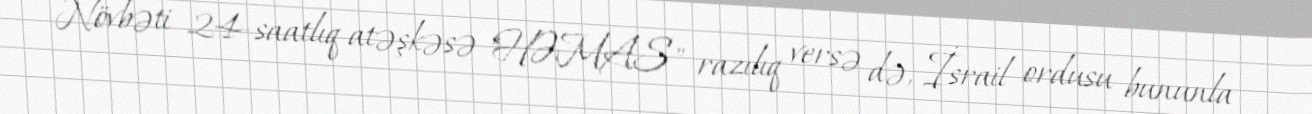
Növbəti 24-saatlıq atəşkəsə "HƏMAS" razılıq versə də, İsrail ordusu bununla